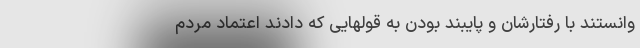
وانستند با رفتارشان و پایبند بودن به قولهایی که دادند اعتماد مردم